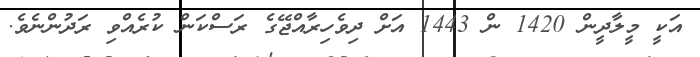
އަކީ މީލާދީން 1420 ން 1443 އަށް ދިވެހިރާއްޖޭގެ ރަސްކަން ކުރެއްވި ރަދުންނެވެ.